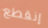
إنقطع